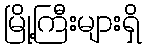
မြို့ကြီးများရှိ